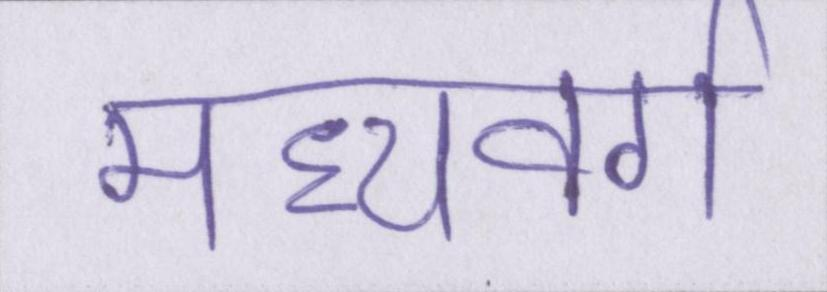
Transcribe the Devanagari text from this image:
मध्यवर्ग